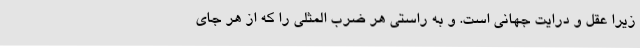
زیرا عقل و درایت جهانی است. و به راستی هر ضرب المثلی را که از هر جای